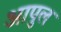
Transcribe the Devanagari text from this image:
आपुल